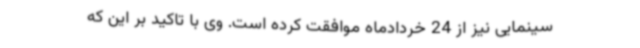
سینمایی نیز از 24 خردادماه موافقت کرده است. وی با تاکید بر این که